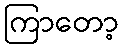
ကြာတော့